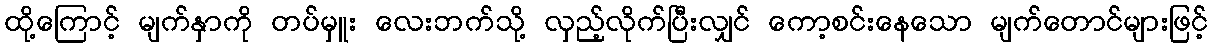
ထို့ကြောင့် မျက်နှာကို တပ်မှူး လေးဘက်သို့ လှည့်လိုက်ပြီးလျှင် ကော့စင်းနေသော မျက်တောင်များဖြင့်